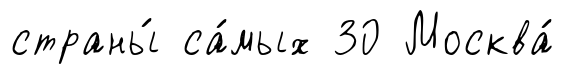
страны́ са́мых 30 Москва́